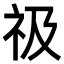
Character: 𥘜